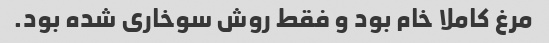
مرغ کاملا خام بود و فقط روش سوخاری شده بود.